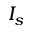
I _ { s }